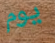
يوم